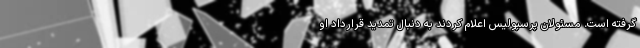
گرفته است. مسئولان پرسپولیس اعلام کردند به دنبال تمدید قرارداد او